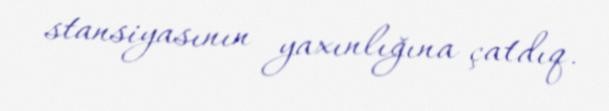
stansiyasının yaxınlığına çatdıq.